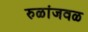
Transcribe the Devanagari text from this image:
रुळांजवळ